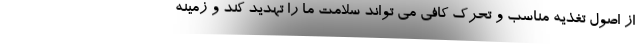
از اصول تغذیه مناسب و تحرک کافی می تواند سلامت ما را تهدید کند و زمینه